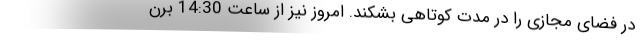
در فضای مجازی را در مدت کوتاهی بشکند. امروز نیز از ساعت 14:30 برن